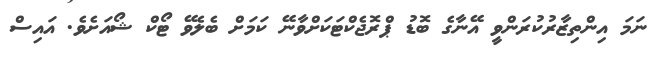
ނަމަ އިންތިޒާރުކުރަންވީ އޭނާގެ ބޮޑު ޕްރޮޖެކްޓަކަށްވާނޭ ކަމަށް ބެލެވޭ ޓޯކް ޝޯއަށެވެ. އައިސް